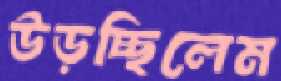
উড়চ্ছিলেম